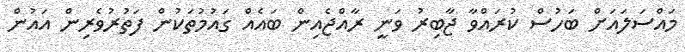
މައްސަލައަށް ބަހުސް ކުރައްވާ ޖާބިރު ވަނީ ރާއްޖެއިން ބައެއް ގައުމުތަކުން ފަތުރުވެރިން އައުން